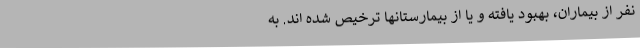
نفر از بیماران، بهبود یافته و یا از بیمارستانها ترخیص شده اند. به